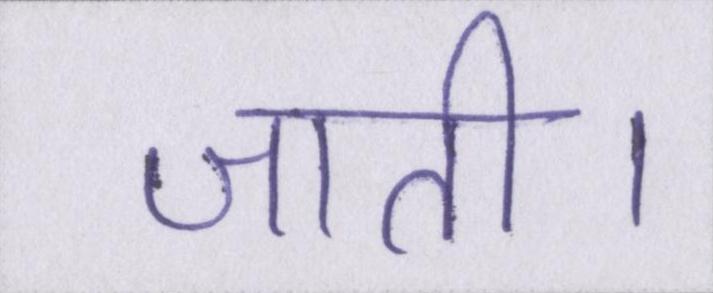
जाती।